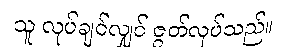
သူ လုပ်ချင်လျှင် ဇွတ်လုပ်သည်။